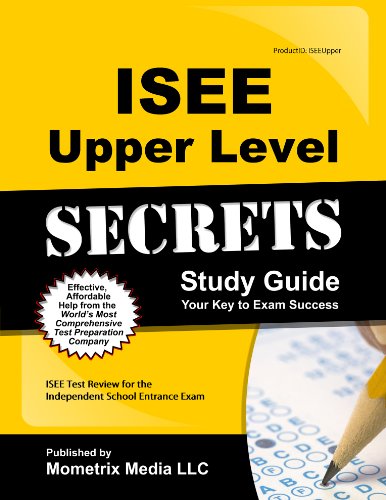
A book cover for ISEE Upper Level Secrets Study Guide: ISEE Test Review for the Independent School Entrance Exam; ISEE Exam Secrets Test Prep Team; Test Preparation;